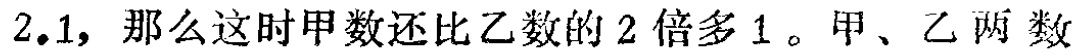
$2.1，那么这时甲数还比乙数的2倍多1。甲、乙两数$